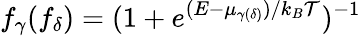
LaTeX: f_{\gamma}(f_{\delta})=(1+e^{(E-{\mu}_{\gamma(\delta)})/k_{B}\mathcal{T}})^{-1}